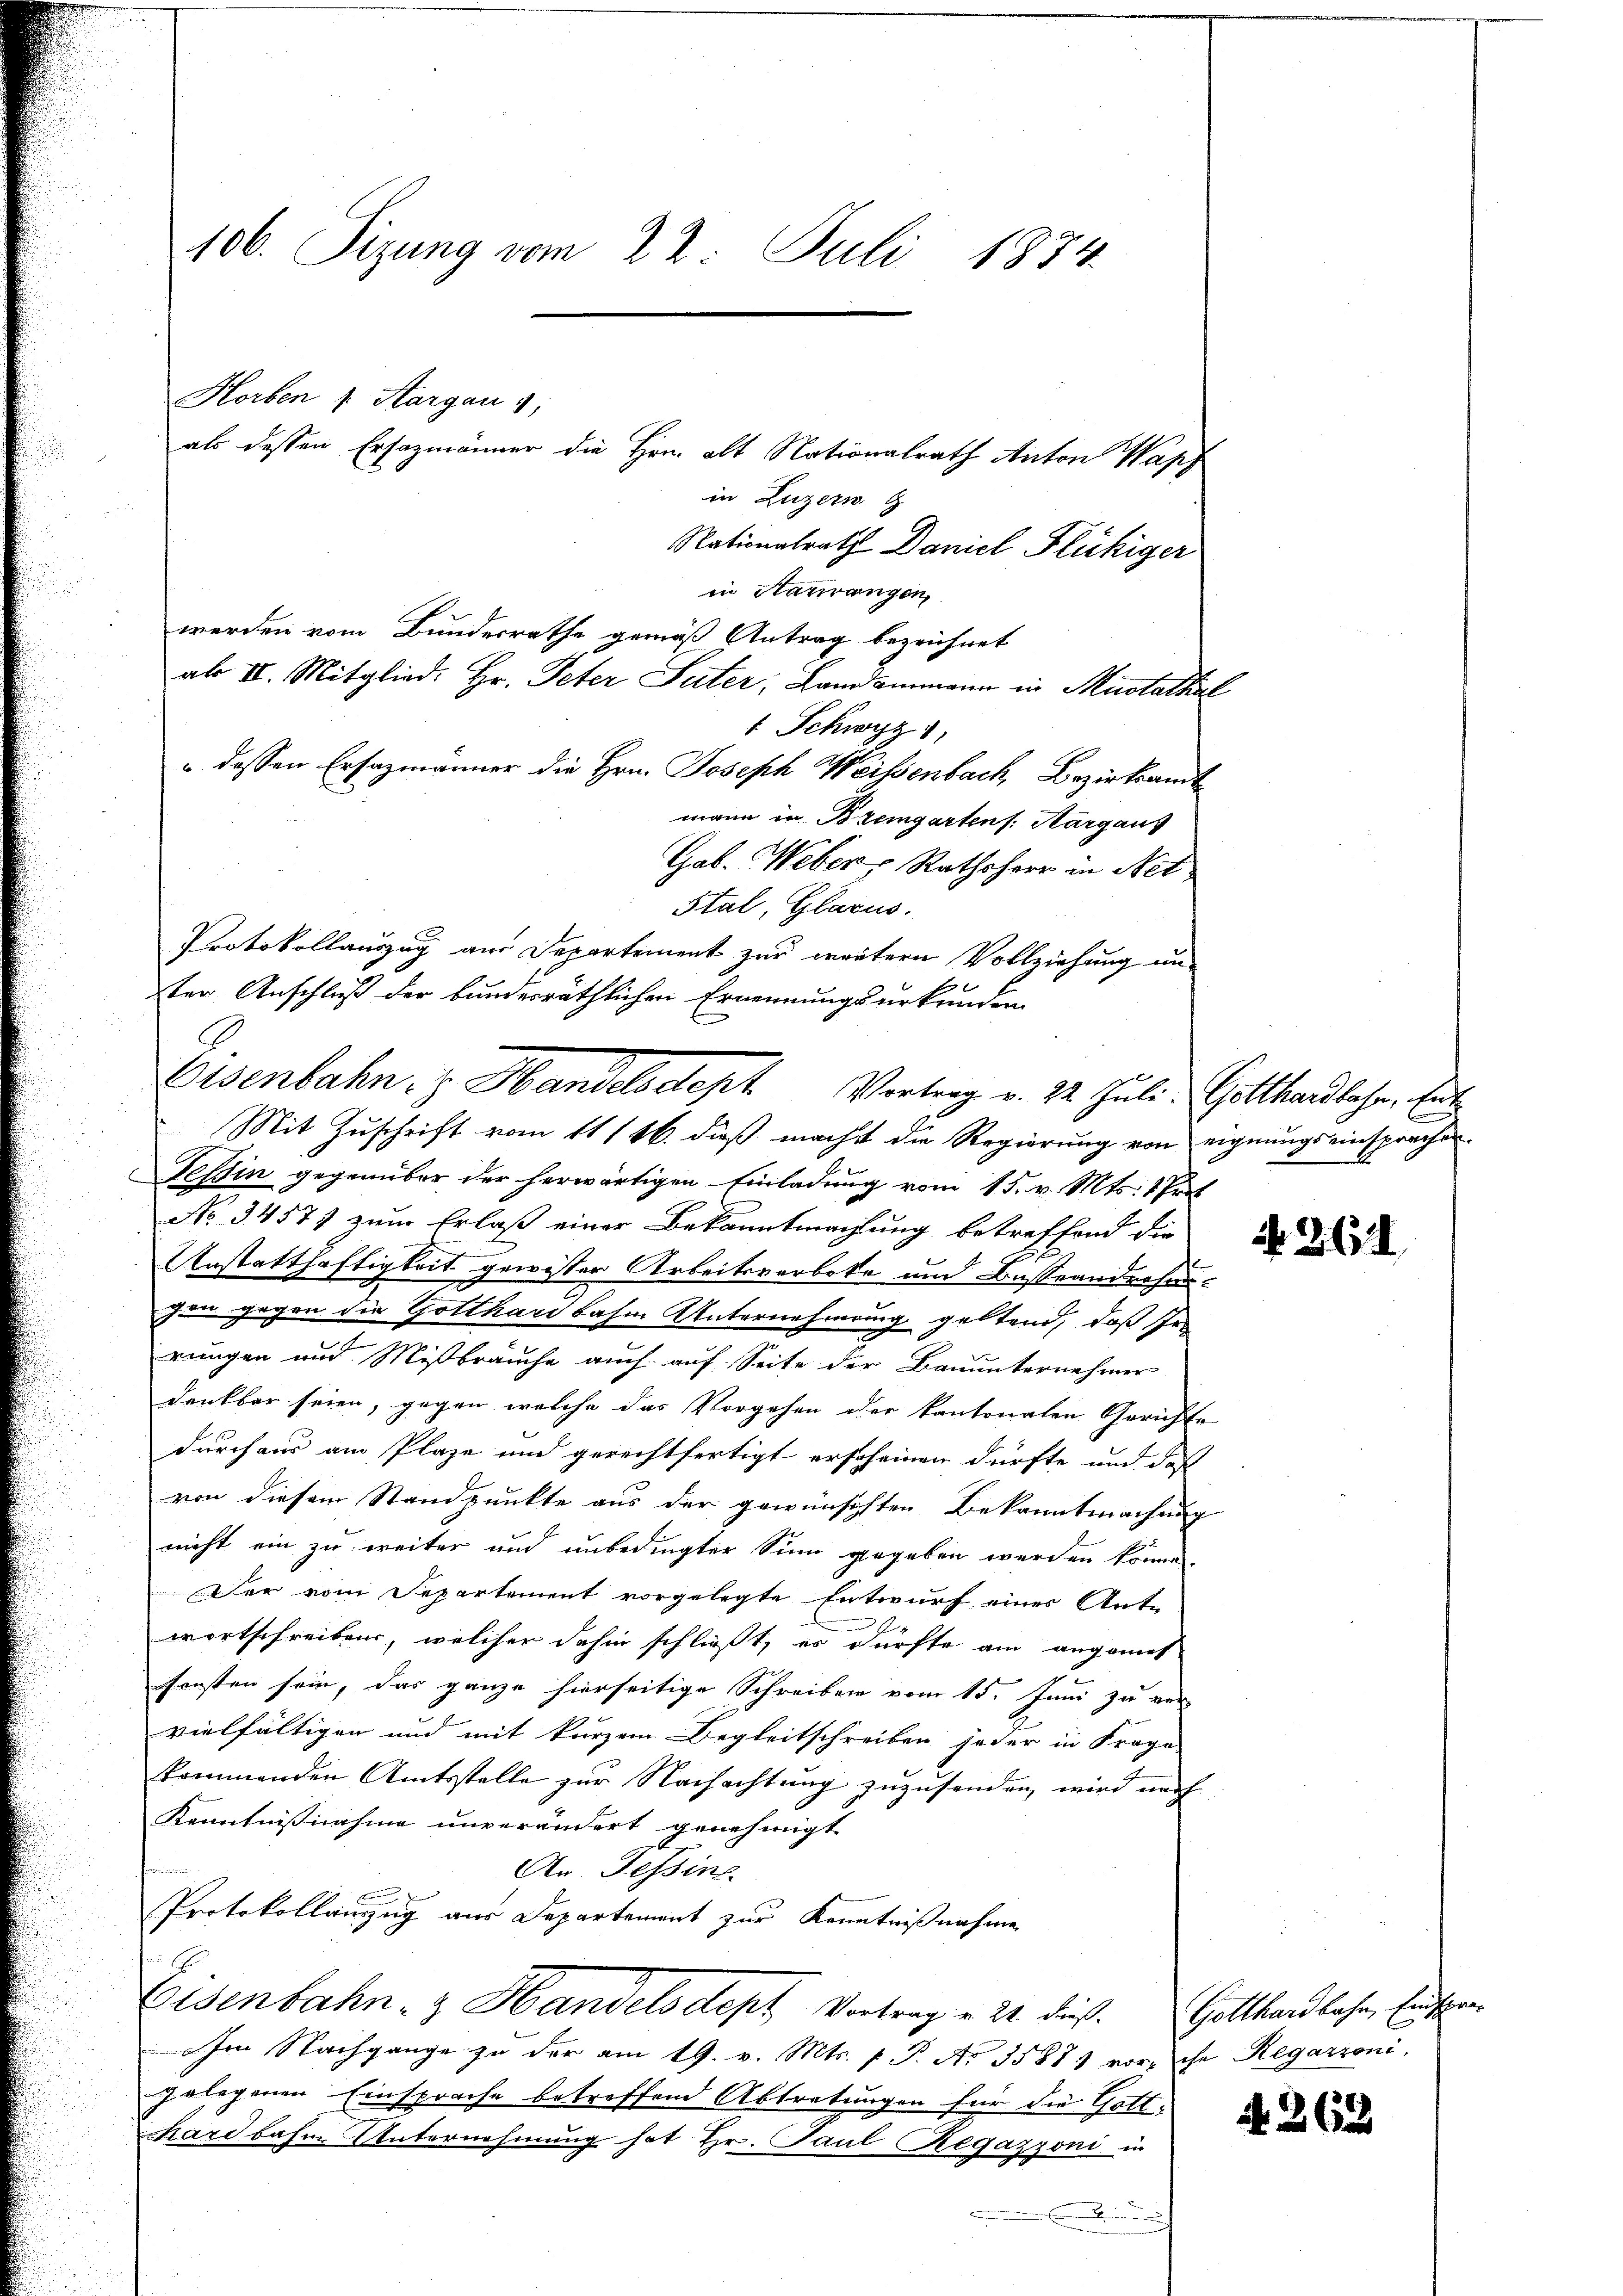
106. Sizung vom 22. Juli 1834.

Horben u. Aargau g

als dessen Ersazmänner die Hrn. alt Nationalrath Anton Wapf
in Luzern G
Nationalrath Daniel Fluchiger
in Aarwangen
werden vom Bundesrathe gemäß Antrag bezeichnet
abs II. Mitglied. Hr. Peter Suter, Landammann in Mustatthal
1 Schwyz,
" dessen Ersazmänner die Hrn. Joseph Weissenbach, Bezirksamt
mann in Bremgarten /: Margauf
Gab. Weber, Rathsherr in Net.
Stal, Glarus.
Protokollauszug aus Departement zur weitern Vollziehung un-
ter Anschluß der bundesräthlichen Ernennungsurkunden
Mit Zuschrift vom 11 146. dieß machst die Regierung von eignungs einsprachen
Tessin gegenüber der herwärtigen Einladung vom 15. v. Mts. 1 Pf
No 34577 zum Erlaß einer Bekanntmachtung betreffend die
Anstatthaftigkeit gewisser Arbeitsverbote und Besterndechangen gegen die Gotthard bahm Unternehmung geltend, daß Inrungen und Mißbräuche auch auf Seite der Bauunternehmer
denkbar seien, gegen welche das Vorgehen oder kantonalen Gerichte
durchaus am Plaze und gerechtfertigt erscheinen dürfte, und daß
von diesem Standpunkte aus der gewünschten Bekanntmachung
nicht ein zu weiter und unbedingter Sinn gegeben werden könne.
Der vom Departement vorgelegte Entwurf eines Ante
wortschreiben, welcher dahin schließt, er dürfte am angemes
sonsten sein, das ganze hierseitige Schreiben vom 15. Juni zu vervielfältigen und mit kurzem Begleitschreiben jeder in Frage
kommenden Amtsstelle zur Nachachtung zuzusenden, wird nach
Kenntnisnahme unverändert genehmigt
An Tessine
Protokollauszug aus Departement zur Kenntnißnahme
Eisenbahn- & Handelsdept Vortrag u. 21. dieß. Gotthandlache, Eintra
Im Nachgange zu der am 19. v. Mts. f. P. Nr. 3588) vor, ihr Regazzoni,
gelegenen Einsprache betreffend Abtretungen für die Gottchardbahne Unternehmung hat Hr. Paul Regazzoni in
.

Eisenbahn, z. Handelsdept. Vortrag v. 22. Juli Gotthardbahn. Ent

N. 361

N. 262